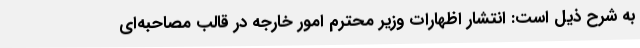
به شرح ذیل است: انتشار اظهارات وزیر محترم امور خارجه در قالب مصاحبه‌ای